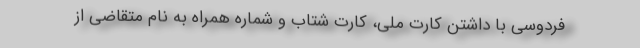
فردوسی با داشتن کارت ملی، کارت شتاب و شماره همراه به نام متقاضی از